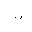
Letter: _ba